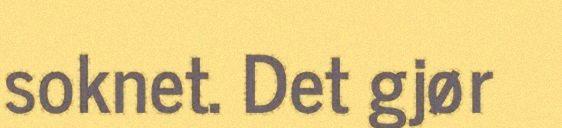
soknet. Det gjør